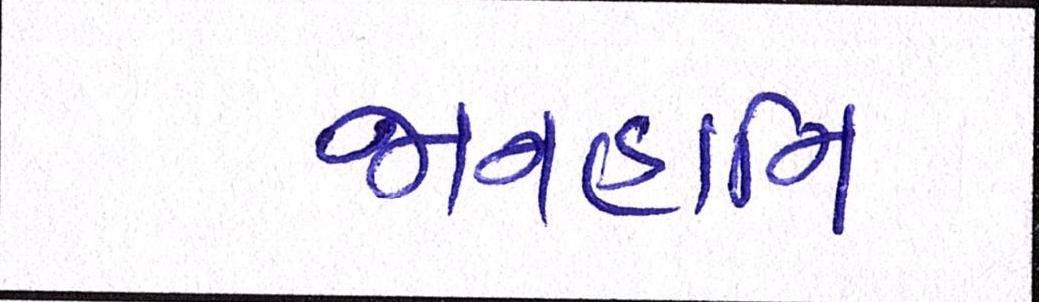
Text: જાનહાનિ